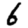
Digit: 6